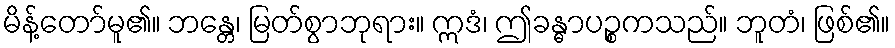
မိန့်တော်မူ၏။ ဘန္တေ၊ မြတ်စွာဘုရား။ ဣဒံ၊ ဤခန္ဓာပဉ္စကသည်။ ဘူတံ၊ ဖြစ်၏။